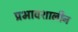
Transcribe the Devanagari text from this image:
प्रभावशालीन